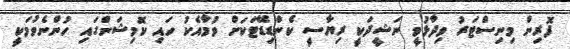
ފޮރިން މިނިސްޓަރު ވިދާޅުވީ ނަޝީދަކީ ރިޔާސީ ކެންޑިޑޭޓަކަށް ވުމާއެކު ހައި ކޮމިޝަންގައި ހުންނެވުމަކީ